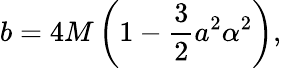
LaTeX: b=4M\left(1-\frac{3}{2}a^{2}\alpha^{2}\right),